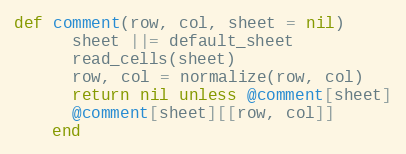
Language: Ruby
def comment(row, col, sheet = nil)
      sheet ||= default_sheet
      read_cells(sheet)
      row, col = normalize(row, col)
      return nil unless @comment[sheet]
      @comment[sheet][[row, col]]
    end